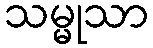
သမ္မုသာ